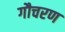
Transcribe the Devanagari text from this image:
गौचरण